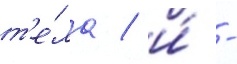
т'е́ла / и́ -